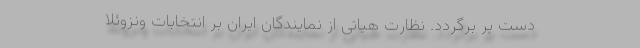
دست پر برگردد. نظارت هیاتی از نمایندگان ایران بر انتخابات ونزوئلا